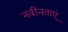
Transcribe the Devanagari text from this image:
नवीनताएं